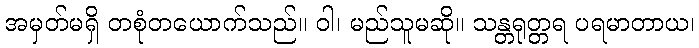
အမှတ်မရှိ တစုံတယောက်သည်။ ဝါ၊ မည်သူမဆို။ သန္တရုတ္တရ ပရမာတာယ၊